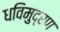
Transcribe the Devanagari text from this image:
धविमुद्रण